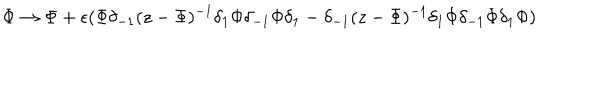
LaTeX: \Phi \rightarrow \Phi + \epsilon ( \Phi \delta _ { - 1 } ( z - \Phi ) ^ { - 1 } \delta _ { 1 } \Phi \delta _ { - 1 } \Phi \delta _ { 1 } - \delta _ { - 1 } ( z - \Phi ) ^ { - 1 } \delta _ { 1 } \Phi \delta _ { - 1 } \Phi \delta _ { 1 } \Phi )